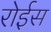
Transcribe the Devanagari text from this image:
रोईस